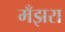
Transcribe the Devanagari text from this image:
मँझरा